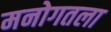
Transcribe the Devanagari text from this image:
मनोगतला